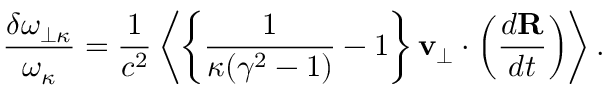
{ \frac { \delta \omega _ { \perp \kappa } } { \omega _ { \kappa } } } = { \frac { 1 } { c ^ { 2 } } } \left< \left\{ { \frac { 1 } { \kappa ( \gamma ^ { 2 } - 1 ) } } - 1 \right\} { \bf v } _ { \perp } \cdot \left( { \frac { d { \bf R } } { d t } } \right) \right> .